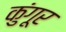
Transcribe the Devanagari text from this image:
कुंगूर